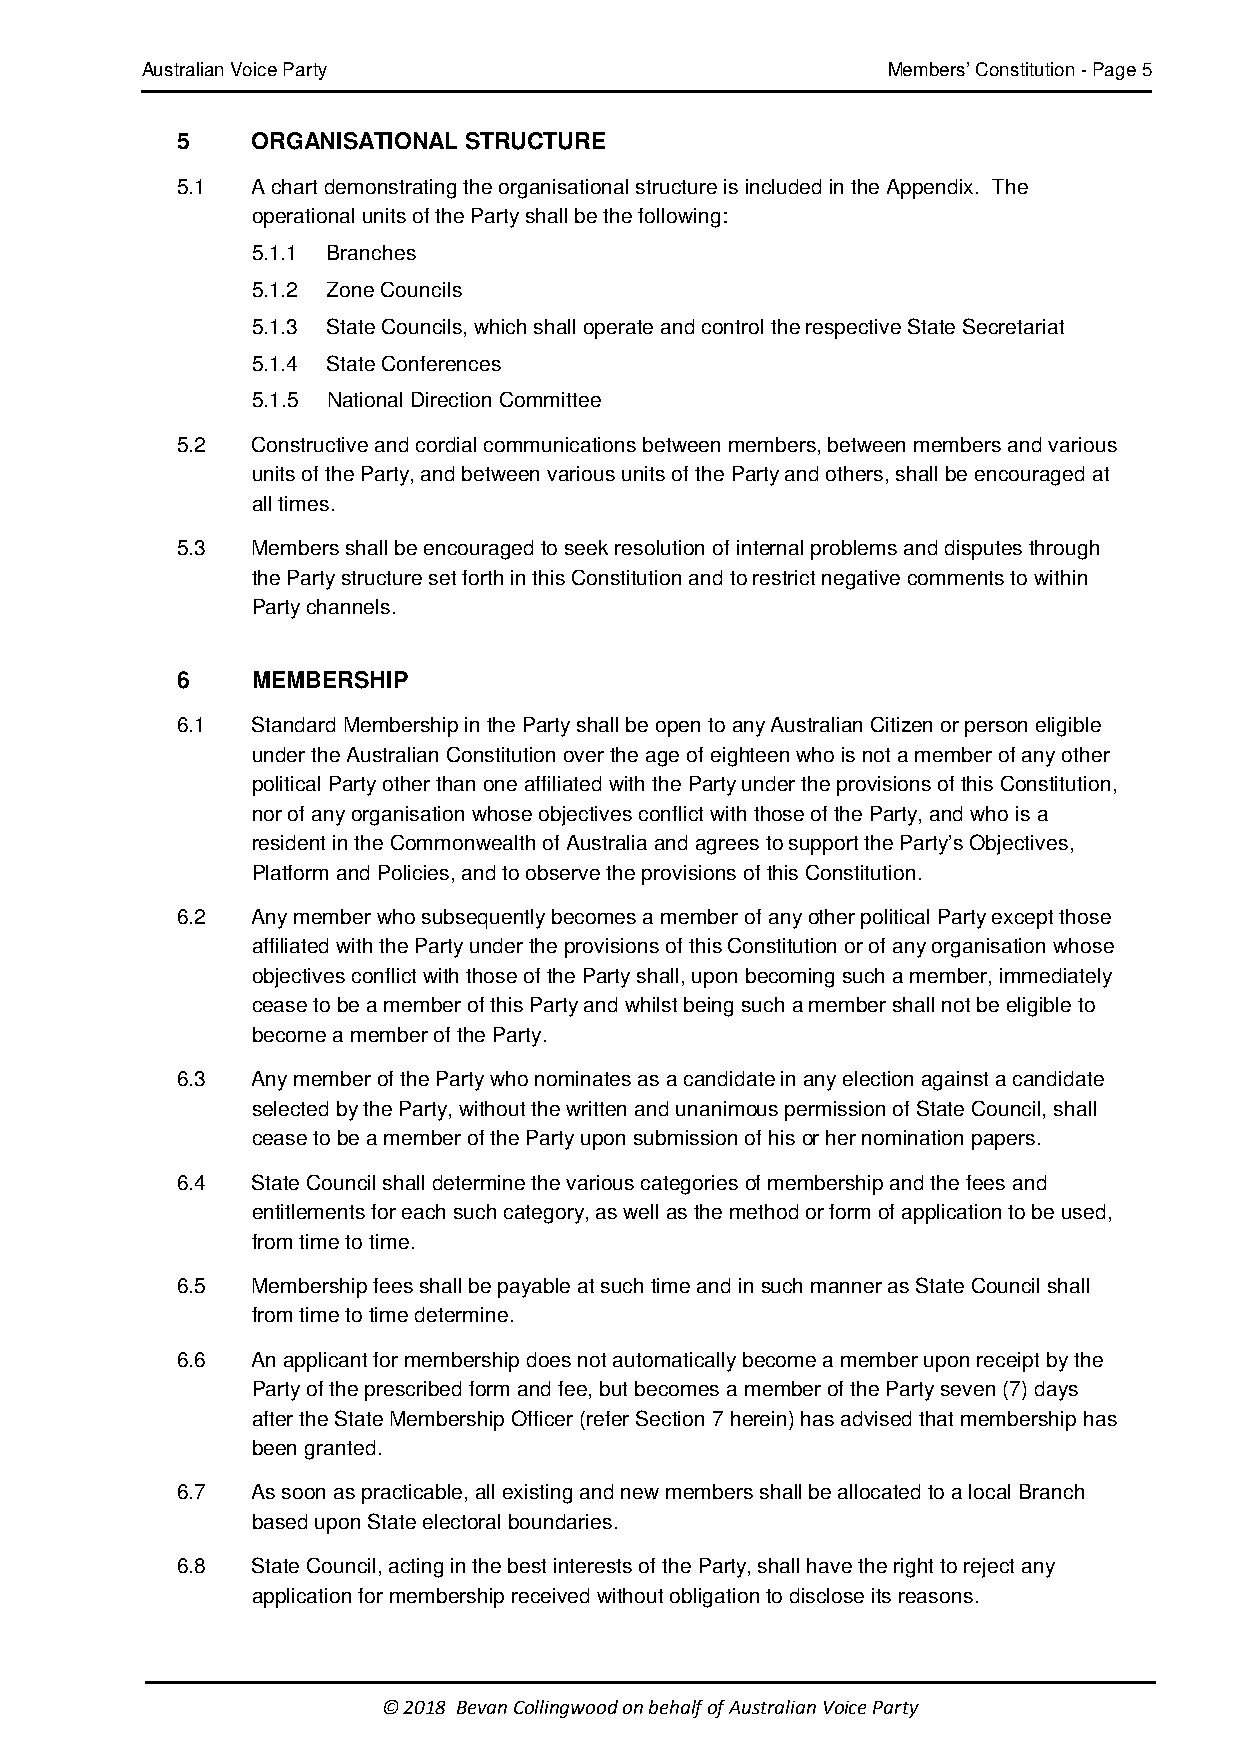
Australian Voice Party                            Members’ Constitution - Page 5
 5    ORGANISATIONAL STRUCTURE
 5.1  A chart demonstrating the organisational structure is included in the Appendix. The
 operational units of the Party shall be the following:
 5.1.1 Branches
 5.1.2 Zone Councils
 5.1.3 State Councils, which shall operate and control the respective State Secretariat
 5.1.4 State Conferences
 5.1.5 National Direction Committee
 5.2  Constructive and cordial communications between members, between members and various
 units of the Party, and between various units of the Party and others, shall be encouraged at
 all times.
 5.3  Members shall be encouraged to seek resolution of internal problems and disputes through
 the Party structure set forth in this Constitution and to restrict negative comments to within
 Party channels.
 6    MEMBERSHIP
 6.1  Standard Membership in the Party shall be open to any Australian Citizen or person eligible
 under the Australian Constitution over the age of eighteen who is not a member of any other
 political Party other than one affiliated with the Party under the provisions of this Constitution,
 nor of any organisation whose objectives conflict with those of the Party, and who is a
 resident in the Commonwealth of Australia and agrees to support the Party’s Objectives,
 Platform and Policies, and to observe the provisions of this Constitution.
 6.2  Any member who subsequently becomes a member of any other political Party except those
 affiliated with the Party under the provisions of this Constitution or of any organisation whose
 objectives conflict with those of the Party shall, upon becoming such a member, immediately
 cease to be a member of this Party and whilst being such a member shall not be eligible to
 become a member of the Party.
 6.3  Any member of the Party who nominates as a candidate in any election against a candidate
 selected by the Party, without the written and unanimous permission of State Council, shall
 cease to be a member of the Party upon submission of his or her nomination papers.
 6.4  State Council shall determine the various categories of membership and the fees and
 entitlements for each such category, as well as the method or form of application to be used,
 from time to time.
 6.5  Membership fees shall be payable at such time and in such manner as State Council shall
 from time to time determine.
 6.6  An applicant for membership does not automatically become a member upon receipt by the
 Party of the prescribed form and fee, but becomes a member of the Party seven (7) days
 after the State Membership Officer (refer Section 7 herein) has advised that membership has
 been granted.
 6.7  As soon as practicable, all existing and new members shall be allocated to a local Branch
 based upon State electoral boundaries.
 6.8  State Council, acting in the best interests of the Party, shall have the right to reject any
 application for membership received without obligation to disclose its reasons.
 © 2018 Bevan Collingwood on behalf of Australian Voice Party